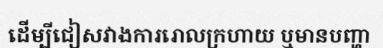
ដើម្បីជៀសវាងការរោលក្រហាយ ឬមានបញ្ហា